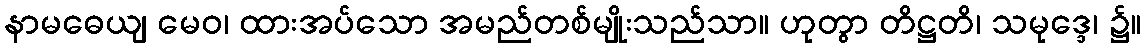
နာမဓေယျ မေဝ၊ ထားအပ်သော အမည်တစ်မျိုးသည်သာ။ ဟုတွာ တိဋ္ဌတိ၊ သမုဒ္ဒေ၊ ၌။